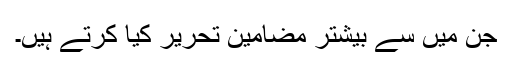
جن میں سے بیشتر مضامین تحریر کیا کرتے ہیں۔